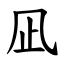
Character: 凪